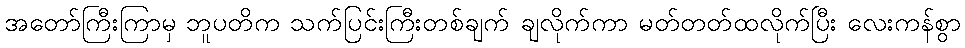
အတော်ကြီးကြာမှ ဘူပတိက သက်ပြင်းကြီးတစ်ချက် ချလိုက်ကာ မတ်တတ်ထလိုက်ပြီး လေးကန်စွာ